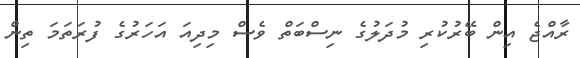
ރާއްޖެ އިން ބޭރުކުރި މުދަލުގެ ނިސްބަތް ވެސް މިދިއަ އަހަރުގެ ފުރަތަމަ ތިން